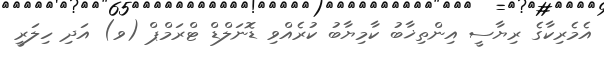
އެމެރިކާގެ ރިޔާސީ އިންތިޚާބު ކާމިޔާބު ކުރެއްވި ޑޮނަލްޑް ޓްރަމްޕް (ވ) އަދި ހިލަރީ